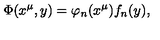
\Phi ( x ^ { \mu } , y ) = \varphi _ { n } ( x ^ { \mu } ) f _ { n } ( y ) ,